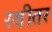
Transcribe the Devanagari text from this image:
रथीतर